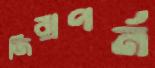
জিরাপর্ন